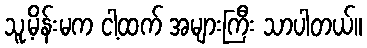
သူ့မိန်းမက ငါ့ထက် အများကြီး သာပါတယ်။